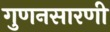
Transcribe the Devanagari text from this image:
गुणनसारणी